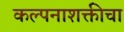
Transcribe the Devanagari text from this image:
कल्पनाशक्तीचा